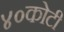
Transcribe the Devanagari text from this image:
४०कोटी